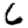
Digit: 6